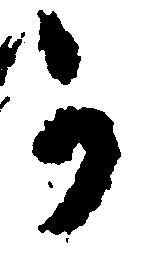
か